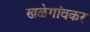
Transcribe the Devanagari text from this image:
खळेगांवकर